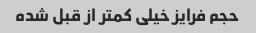
حجم فرایز خیلی کمتر از قبل شده